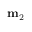
\mathbf { m } _ { 2 }